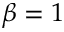
\beta = 1